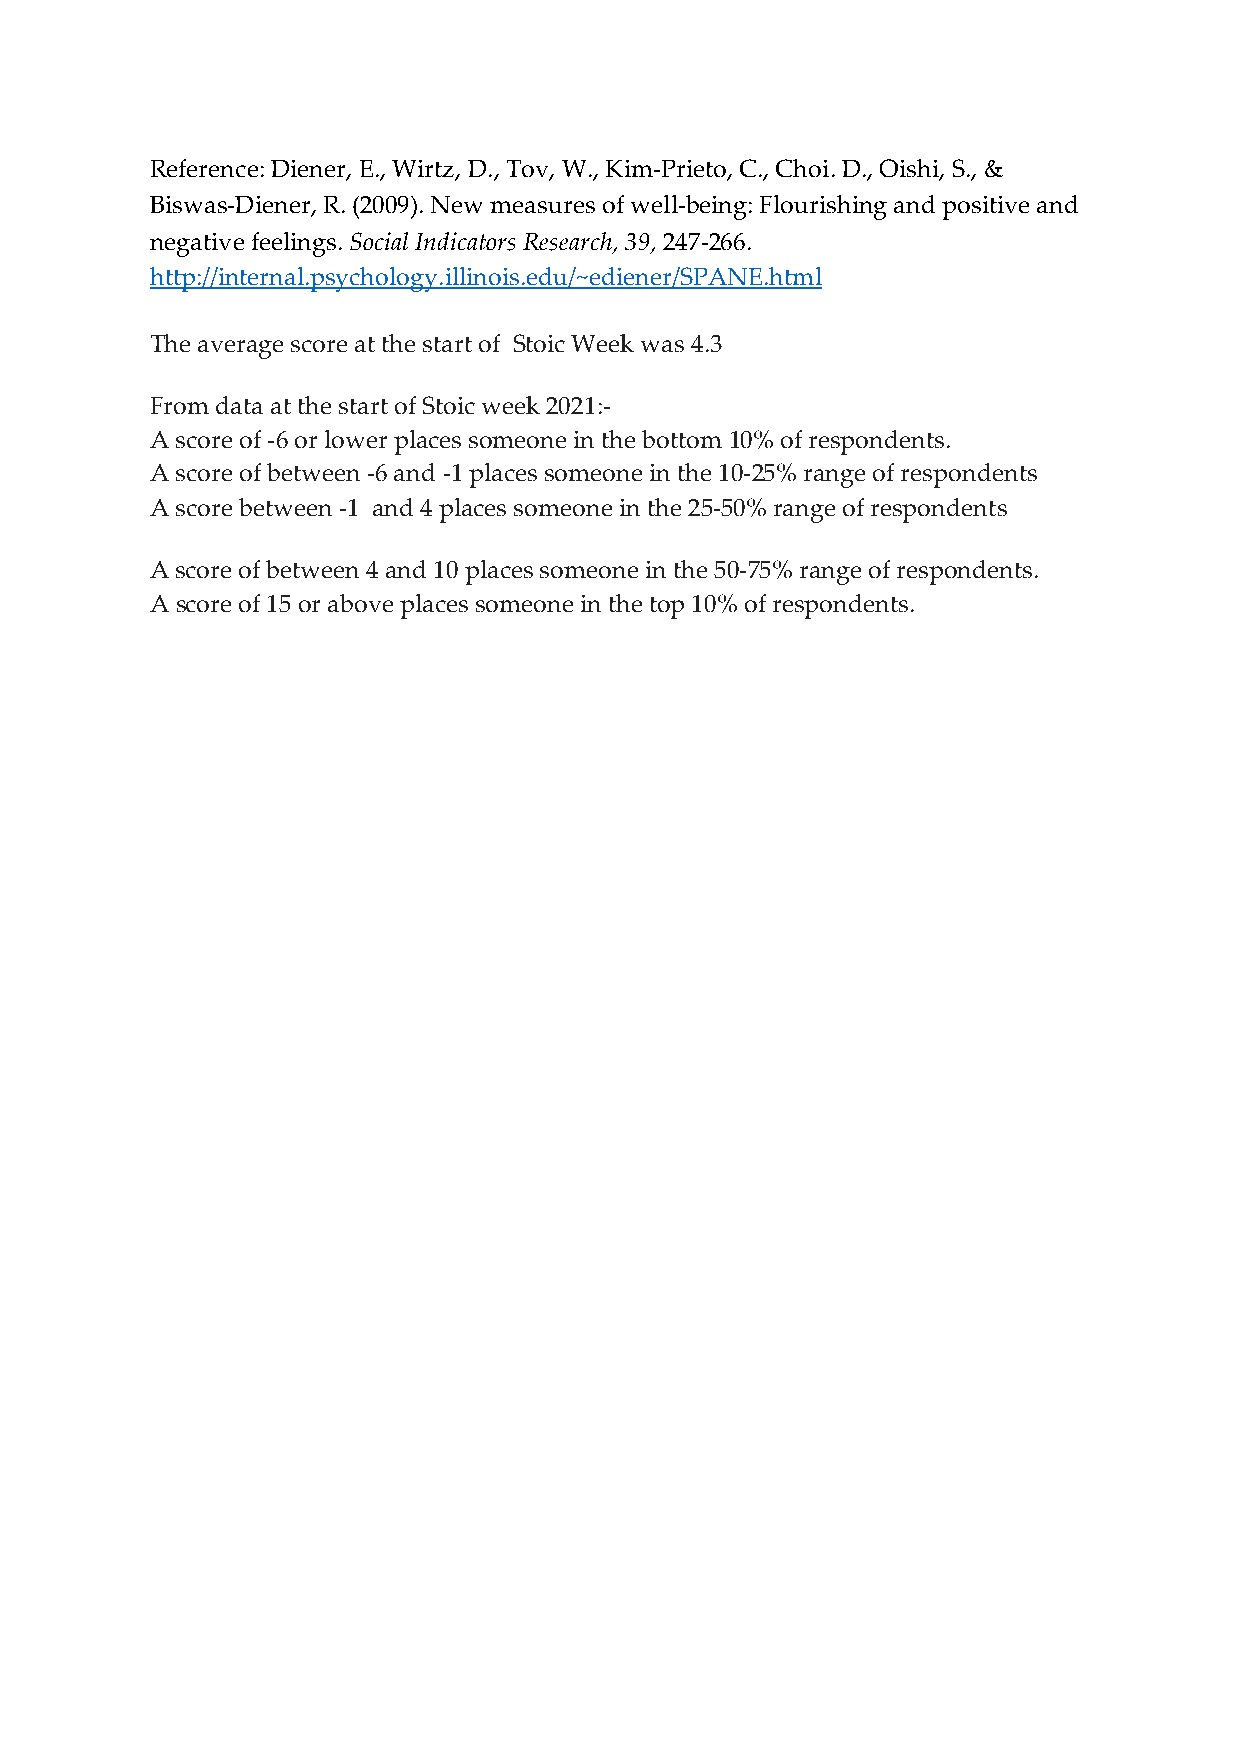
Reference: Diener, E., Wirtz, D., Tov, W., Kim-Prieto, C., Choi. D., Oishi, S., &
 Biswas-Diener, R. (2009). New measures of well-being: Flourishing and positive and
 negative feelings. Social Indicators Research, 39, 247-266.
 http://internal.psychology.illinois.edu/~ediener/SPANE.html
 The average score at the start of Stoic Week was 4.3
 From data at the start of Stoic week 2021:-
 A score of -6 or lower places someone in the bottom 10% of respondents.
 A score of between -6 and -1 places someone in the 10-25% range of respondents
 A score between -1 and 4 places someone in the 25-50% range of respondents
 A score of between 4 and 10 places someone in the 50-75% range of respondents.
 A score of 15 or above places someone in the top 10% of respondents.